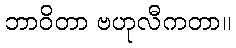
ဘာဝိတာ ဗဟုလီကတာ။